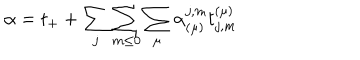
\alpha = t _ { + } + \sum _ { j } \sum _ { m \leq 0 } \sum _ { \mu } \alpha _ { ( \mu ) } ^ { j , m } t _ { j , m } ^ { ( \mu ) }